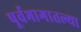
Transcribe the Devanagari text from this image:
पूर्वभागातल्या